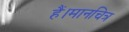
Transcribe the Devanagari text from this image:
हैं।मानचित्र